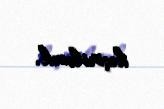
keçiriləcək.